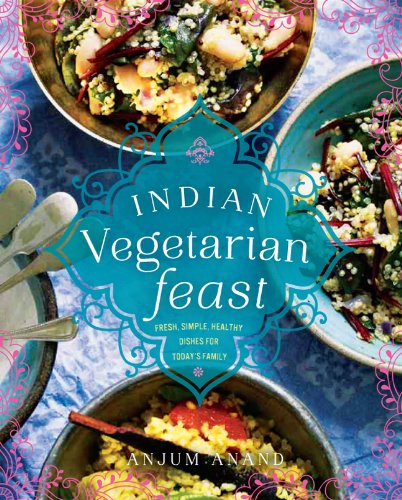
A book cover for Indian Vegetarian Feast: Fresh, Simple, Healthy Dishes for Today's Family; Anjum Anand; Cookbooks, Food & Wine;